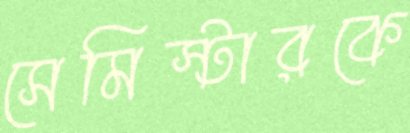
সেমিস্টারকে